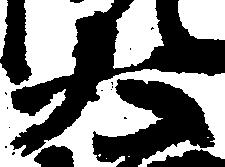
大